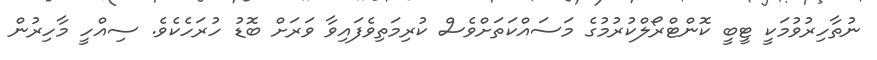
ނުތާހިރުވުމަކީ ޓީބީ ކޮންޓްރޯލްކުރުމުގެ މަސައްކަތަށްވެސް ކުރިމަތިވެފައިވާ ވަރަށް ބޮޑު ހުރަހެކެވެ. ސިއްހީ މާހިރުން